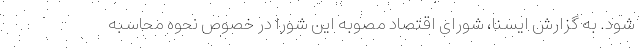
شود. به گزارش ایسنا، شورای اقتصاد مصوبه این شورا در خصوص نحوه محاسبه